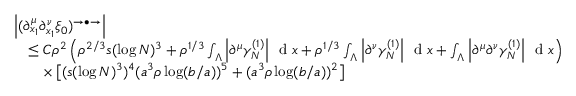
\begin{array} { r l } & { \left\vert ( \partial _ { x _ { 1 } } ^ { \mu } \partial _ { x _ { 1 } } ^ { \nu } \xi _ { 0 } ) ^ { \rightarrow \bullet \rightarrow } \right\vert } \\ & { \quad \leq C \rho ^ { 2 } \left( \rho ^ { 2 / 3 } s ( \log N ) ^ { 3 } + \rho ^ { 1 / 3 } \int _ { \Lambda } \left\vert \partial ^ { \mu } \gamma _ { N } ^ { ( 1 ) } \right\vert \, \textnormal { d } x + \rho ^ { 1 / 3 } \int _ { \Lambda } \left\vert \partial ^ { \nu } \gamma _ { N } ^ { ( 1 ) } \right\vert \, \textnormal { d } x + \int _ { \Lambda } \left\vert \partial ^ { \mu } \partial ^ { \nu } \gamma _ { N } ^ { ( 1 ) } \right\vert \, \textnormal { d } x \right) } \\ & { \qquad \times \left[ ( s ( \log N ) ^ { 3 } ) ^ { 4 } ( a ^ { 3 } \rho \log ( b / a ) ) ^ { 5 } + ( a ^ { 3 } \rho \log ( b / a ) ) ^ { 2 } \right] } \end{array}